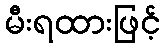
မီးရထားဖြင့်